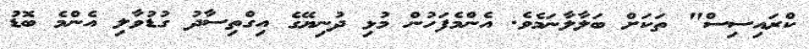
ކްރައިސިސް" ތަކަށް ބަލާލާނަމެވެ. އެންމެފަހުން މުޅި ދުނިޔޭގެ އިގްތިސާދު ގުޑުވާލި އެންމެ ބޮޑު